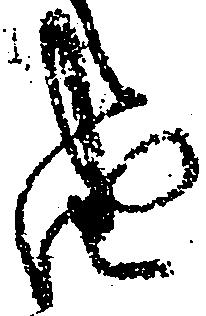
由